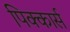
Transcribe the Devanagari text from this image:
पिक्कार्स